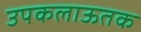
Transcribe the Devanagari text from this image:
उपकलाऊतक